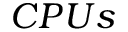
C P U s